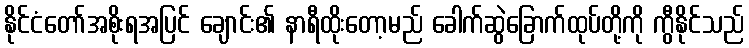
နိုင်ငံတော်အစိုးရအပြင် ချောင်း၏ နာရီထိုးတော့မည် ခေါက်ဆွဲခြောက်ထုပ်တို့ကို ကွီနိုင်သည်